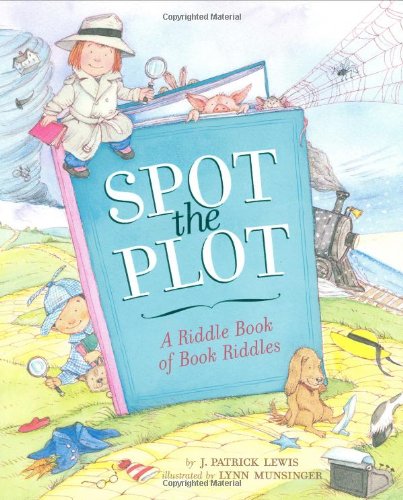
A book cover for Spot the Plot: A Riddle Book of Book Riddles; J. Patrick Lewis; Children's Books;